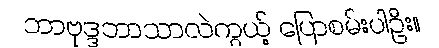
ဘာဗုဒ္ဒဘာသာလဲကွယ့် ပြောစမ်းပါဦး။